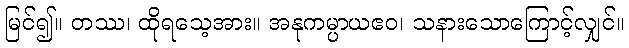
မြင်၍။ တဿ၊ ထိုရသေ့အား။ အနုကမ္ပာယဧဝ၊ သနားသောကြောင့်လျှင်။